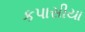
કપાસીયા